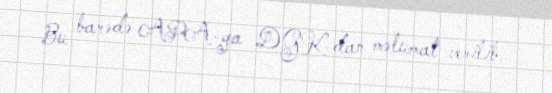
Bu barədə APA-ya DGK-dan məlumat verilib.